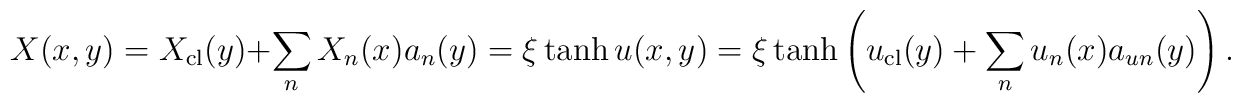
X(x,y)=X_{\rm cl}(y)+\sum_n X_n(x) a_n(y)=\xi\tanh u(x, y) =\xi \tanh \left(u_{\rm cl}(y)+ \sum_n u_n(x) a_{u n} (y) \right).